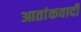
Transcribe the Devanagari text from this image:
आतांकवादी